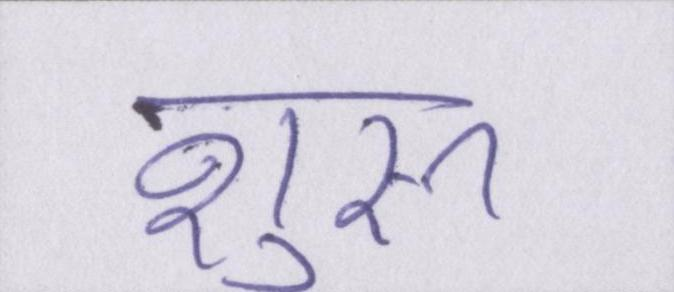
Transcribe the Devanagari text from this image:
शुरू।